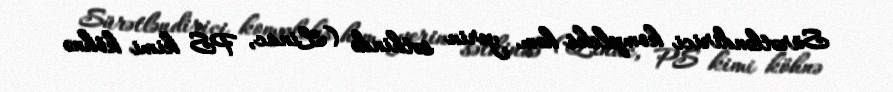
Sürətləndirici kompleks həm yerin səthində (Linac, PS kimi köhnə